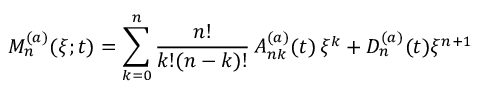
{ \cal M } _ { n } ^ { ( a ) } ( \xi ; t ) = \sum _ { k = 0 } ^ { n } \frac { n ! } { k ! ( n - k ) ! } \, A _ { n k } ^ { ( a ) } ( t ) \, \xi ^ { k } + D _ { n } ^ { ( a ) } ( t ) \xi ^ { n + 1 }